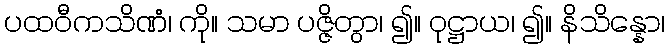
ပထဝီကသိဏံ၊ ကို။ သမာ ပဇ္ဇိတွာ၊ ၍။ ဝုဋ္ဌာယ၊ ၍။ နိသိန္နော၊